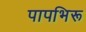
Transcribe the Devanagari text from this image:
पापभिरू